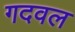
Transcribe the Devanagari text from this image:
गदवल